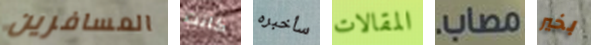
المسافرين كانت سأخبره المقالات مصاب. بخير